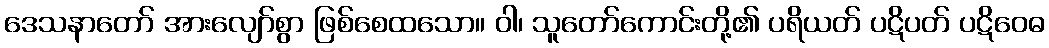
ဒေသနာတော် အားလျော်စွာ ဖြစ်စေထသော။ ဝါ၊ သူတော်ကောင်းတို့၏ ပရိယတ် ပဋိပတ် ပဋိဝေဓ